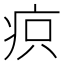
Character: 疻